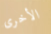
الأخرى